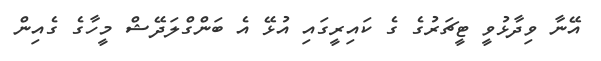
އޭނާ ވިދާޅުވީ ޓީޗަރުގެ ގެ ކައިރީގައި އުޅޭ އެ ބަންގްލަދޭޝް މީހާގެ ގެއިން